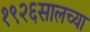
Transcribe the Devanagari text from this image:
१९२६सालच्या